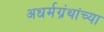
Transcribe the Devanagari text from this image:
अधर्मग्रंथांच्या